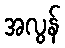
အလွန်